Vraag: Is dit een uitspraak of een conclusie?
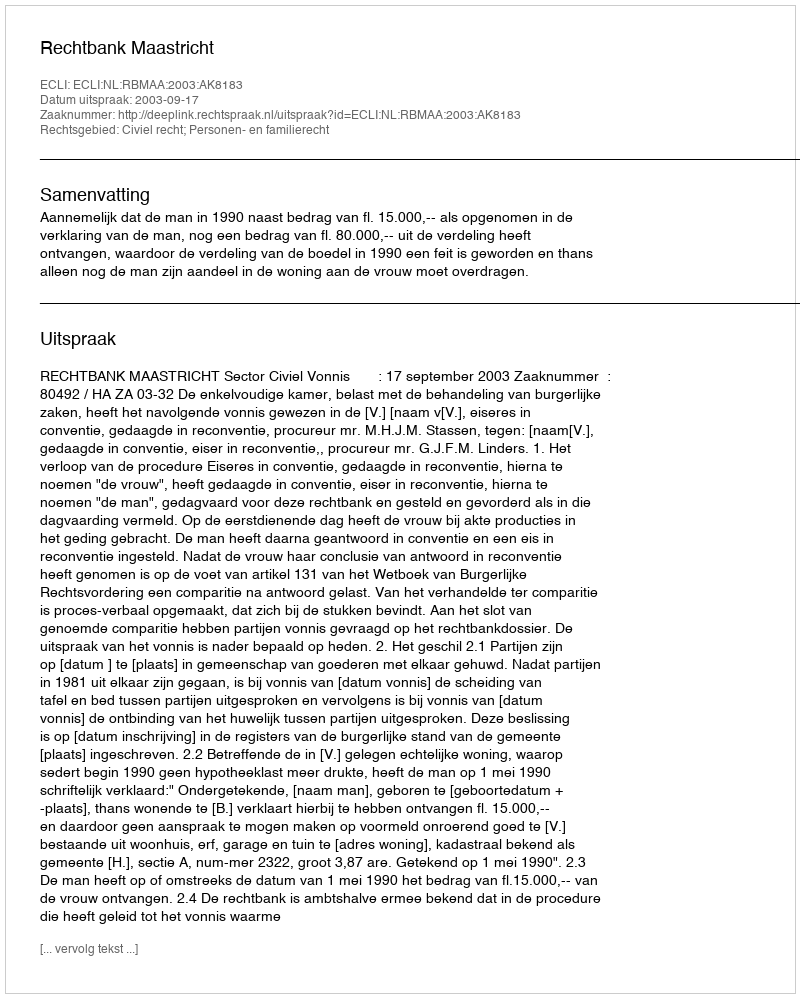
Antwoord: Uitspraak